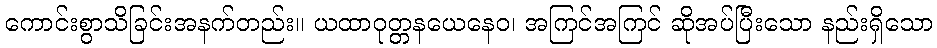
ကောင်းစွာသိခြင်းအနက်တည်း။ ယထာဝုတ္တနယေနေဝ၊ အကြင်အကြင် ဆိုအပ်ပြီးသော နည်းရှိသော